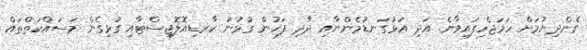
ގެންދިޔުމަށް ހަމަޖެހިފައިވާނެ. އަދި އަޅުގަނޑުމެންނާއި ދާދި ފަހުން ގުޅުނު ކާރޑިއޮލޮޖިސްޓާއި ގުޅިގެން މަސައްކަތްތައް